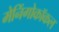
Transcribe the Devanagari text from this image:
मेनिंगोकॉकल